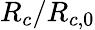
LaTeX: {R_{c}}/{R_{c,0}}